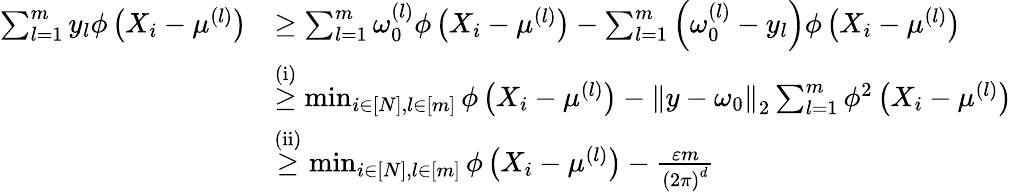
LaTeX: \begin{array}{rl}{\sum_{l=1}^{m}y_{l}\phi\left(X_{i}-\mu^{(l)}\right)}&{\geq\sum_{l=1}^{m}\omega_{0}^{(l)}\phi\left(X_{i}-\mu^{(l)}\right)-\sum_{l=1}^{m}\left(\omega_{0}^{(l)}-y_{l}\right)\phi\left(X_{i}-\mu^{(l)}\right)}\\ &{\overset{\mathrm{(i)}}{\geq}\operatorname*{min}_{i\in[N],l\in[m]}\phi\left(X_{i}-\mu^{(l)}\right)-\left\Vert y-\omega_{0}\right\Vert_{2}\sum_{l=1}^{m}\phi^{2}\left(X_{i}-\mu^{(l)}\right)}\\ &{\overset{\mathrm{(ii)}}{\geq}\operatorname*{min}_{i\in[N],l\in[m]}\phi\left(X_{i}-\mu^{(l)}\right)-\frac{\varepsilon m}{\left(2\pi\right)^{d}}}\end{array}